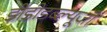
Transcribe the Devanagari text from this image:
डीडीडब्ल्यूजी